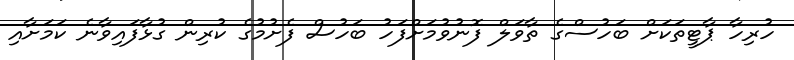
ހުރިހާ ޕާޓީތަކަށް ބަހުސްގެ ތާވަލް ފޮނުވުމަށްފަހު ބަހުސް ފެށުމުގެ ކުރިން ގުޅާފައިވާނެ ކަމަށާއި